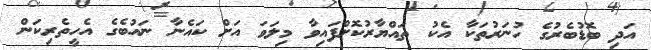
އަދި ބޮޑުބެރުގެ ހުނަރުތަކާ އެކު ތައްޔާރުކޮށްފައިވާ މިލަވަ އަށް ކައެނާ ނައުބެގެ އެހީތެރިކަން